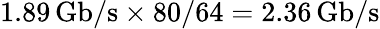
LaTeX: \mathrm{1.89\, Gb/s\times 80/64=2.36\, Gb/s}